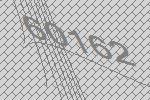
60162